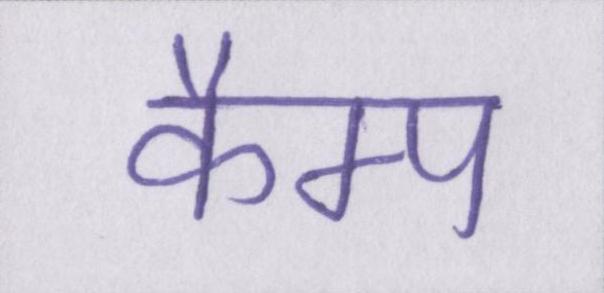
कैम्प